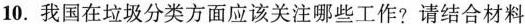
10.我国在垃圾分类方面应该关注哪些工作?请结合材料